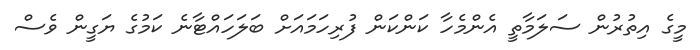
މީގެ އިތުރުން ސަލަމާތީ އެންމެހާ ކަންކަން ފުރިހަމައަށް ބަލަހައްޓާނެ ކަމުގެ ޔަގީން ވެސް